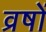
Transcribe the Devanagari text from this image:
व्रषों